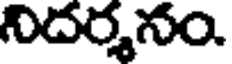
నిదర్శనం.